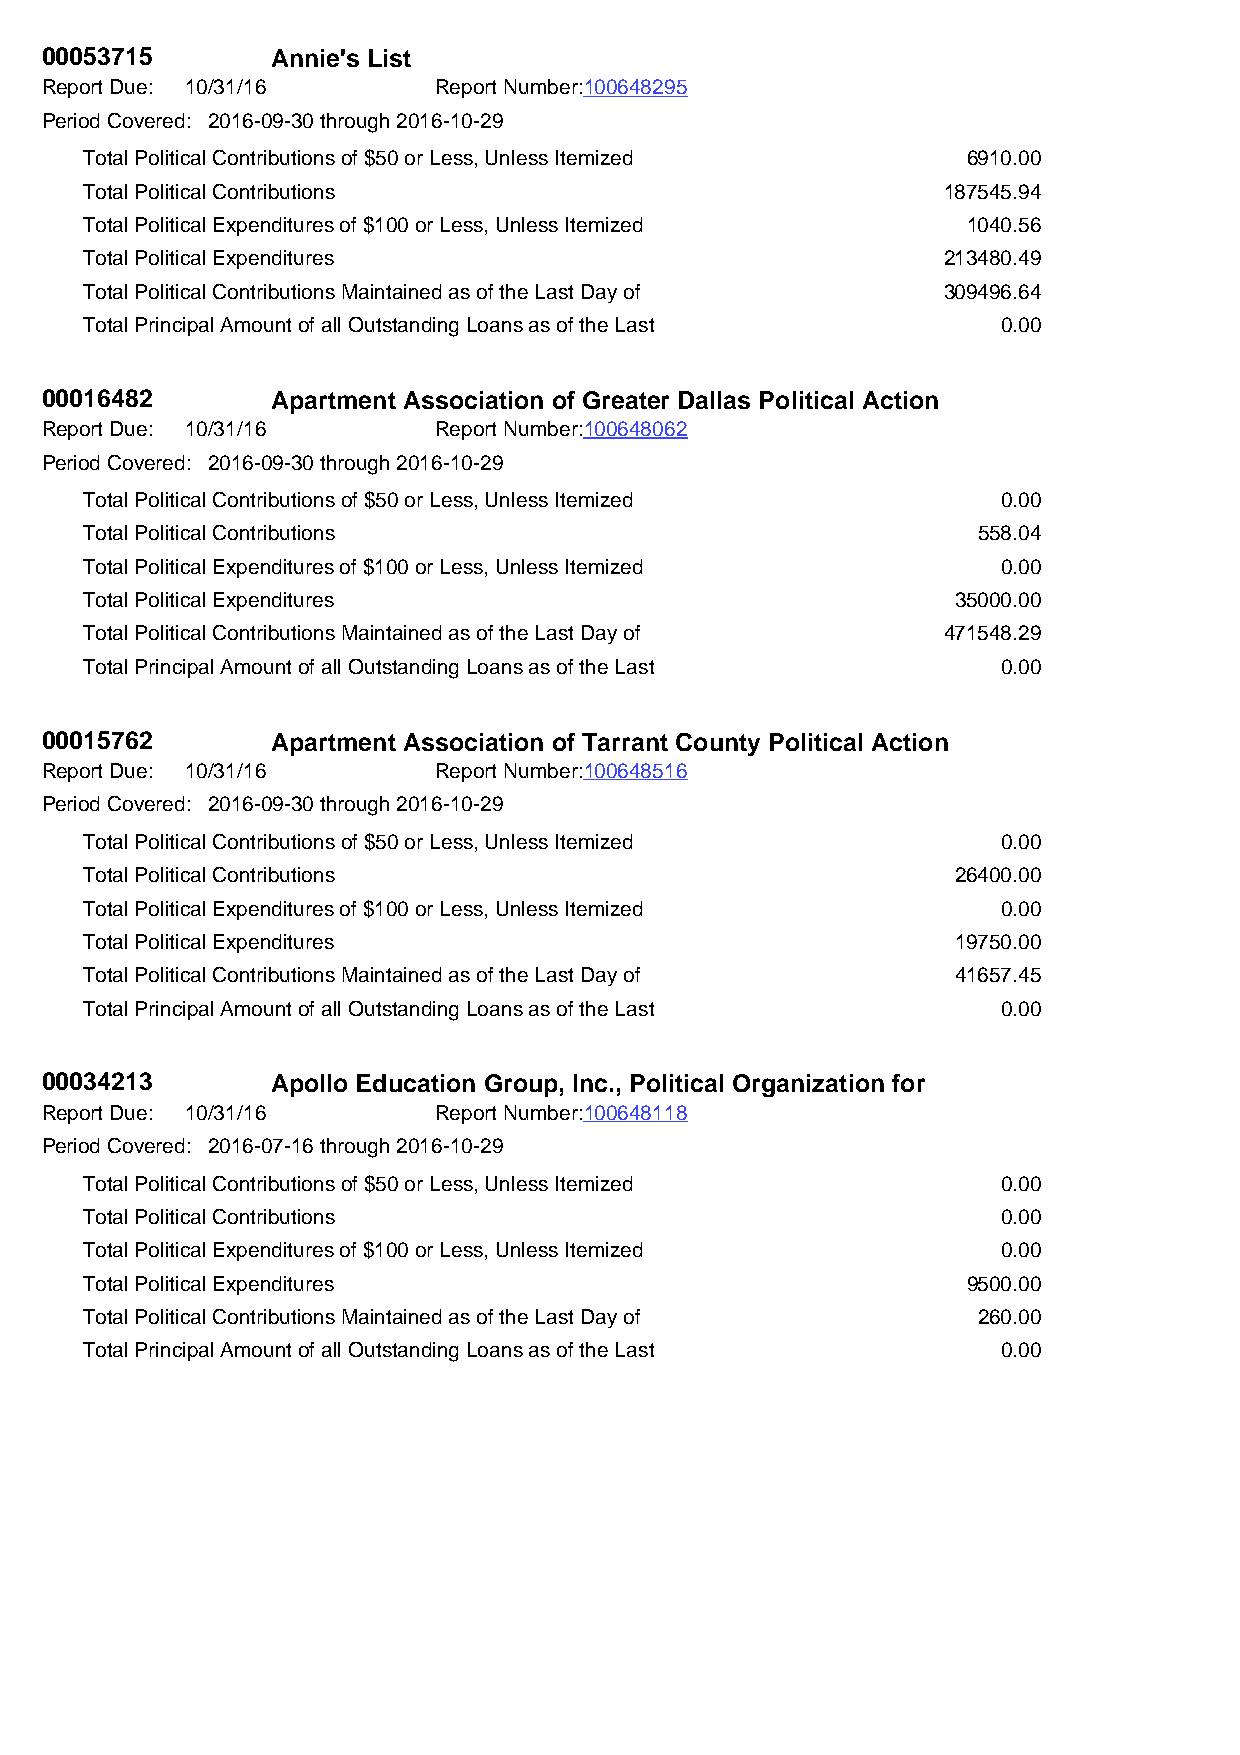
00053715       Annie's List
 Report Due: 10/31/16      Report Number:100648295
 Period Covered: 2016-09-30 through 2016-10-29
 Total Political Contributions of $50 or Less, Unless Itemized 6910.00
 Total Political Contributions                           187545.94
 Total Political Expenditures of $100 or Less, Unless Itemized 1040.56
 Total Political Expenditures                            213480.49
 Total Political Contributions Maintained as of the Last Day of 309496.64
 Total Principal Amount of all Outstanding Loans as of the Last 0.00
 00016482       Apartment Association of Greater Dallas Political Action
 Report Due: 10/31/16      Report Number:100648062
 Period Covered: 2016-09-30 through 2016-10-29
 Total Political Contributions of $50 or Less, Unless Itemized 0.00
 Total Political Contributions                              558.04
 Total Political Expenditures of $100 or Less, Unless Itemized 0.00
 Total Political Expenditures                             35000.00
 Total Political Contributions Maintained as of the Last Day of 471548.29
 Total Principal Amount of all Outstanding Loans as of the Last 0.00
 00015762       Apartment Association of Tarrant County Political Action
 Report Due: 10/31/16      Report Number:100648516
 Period Covered: 2016-09-30 through 2016-10-29
 Total Political Contributions of $50 or Less, Unless Itemized 0.00
 Total Political Contributions                            26400.00
 Total Political Expenditures of $100 or Less, Unless Itemized 0.00
 Total Political Expenditures                             19750.00
 Total Political Contributions Maintained as of the Last Day of 41657.45
 Total Principal Amount of all Outstanding Loans as of the Last 0.00
 00034213       Apollo Education Group, Inc., Political Organization for
 Report Due: 10/31/16      Report Number:100648118
 Period Covered: 2016-07-16 through 2016-10-29
 Total Political Contributions of $50 or Less, Unless Itemized 0.00
 Total Political Contributions                               0.00
 Total Political Expenditures of $100 or Less, Unless Itemized 0.00
 Total Political Expenditures                              9500.00
 Total Political Contributions Maintained as of the Last Day of 260.00
 Total Principal Amount of all Outstanding Loans as of the Last 0.00